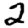
Digit: 2